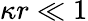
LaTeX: \kappa r\ll 1